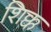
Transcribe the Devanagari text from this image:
शिक्क